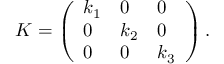
K = \left( \begin{array} { l l l } { k _ { 1 } } & { 0 } & { 0 } \\ { 0 } & { k _ { 2 } } & { 0 } \\ { 0 } & { 0 } & { k _ { 3 } } \end{array} \right) .